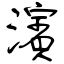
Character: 濱